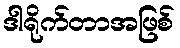
ဒါရိုက်တာအဖြစ်